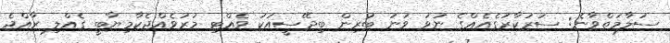
ސަލާމަތްވާނެ: ސަރުކާރުގެއެއްގެ ނުވަ ވަނަ ބުރިން ބިދޭސީއަކު ވެއްޓި މަރުވެއްޖެކާމިޔާބީ ގެއްލި ރާއްޖެ